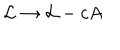
{ \cal { L } } \to { \cal { L } } - c A